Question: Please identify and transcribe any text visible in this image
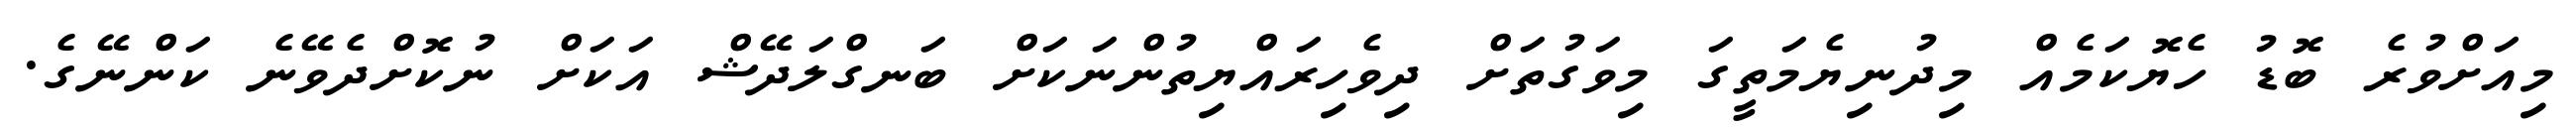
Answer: މިއަށްވުރެ ބޮޑު ހެޔޮކަމެއް މިދުނިޔެމަތީގަ މިވަގުތަށް ދިވެހިރައްޔިތުންނަކަށް ބަނގްލަދޭޝް އަކަށް ނުކޮށްދެވޭނެ ކަންނޭގެ.